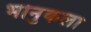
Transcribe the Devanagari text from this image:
भानुकला